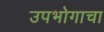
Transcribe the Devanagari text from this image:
उपभोगाचा